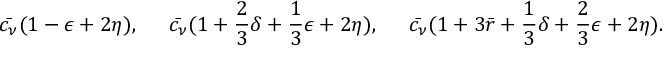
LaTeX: \bar { c _ { \nu } } ( 1 - \epsilon + 2 \eta ) , \; \; \; \; \; \bar { c _ { \nu } } ( 1 + \frac { 2 } { 3 } \delta + \frac { 1 } { 3 } \epsilon + 2 \eta ) , \; \; \; \; \; \bar { c _ { \nu } } ( 1 + 3 \bar { r } + \frac { 1 } { 3 } \delta + \frac { 2 } { 3 } \epsilon + 2 \eta ) . \; \; \; \; \;